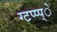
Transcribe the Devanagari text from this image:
ग्टप्प्प्े